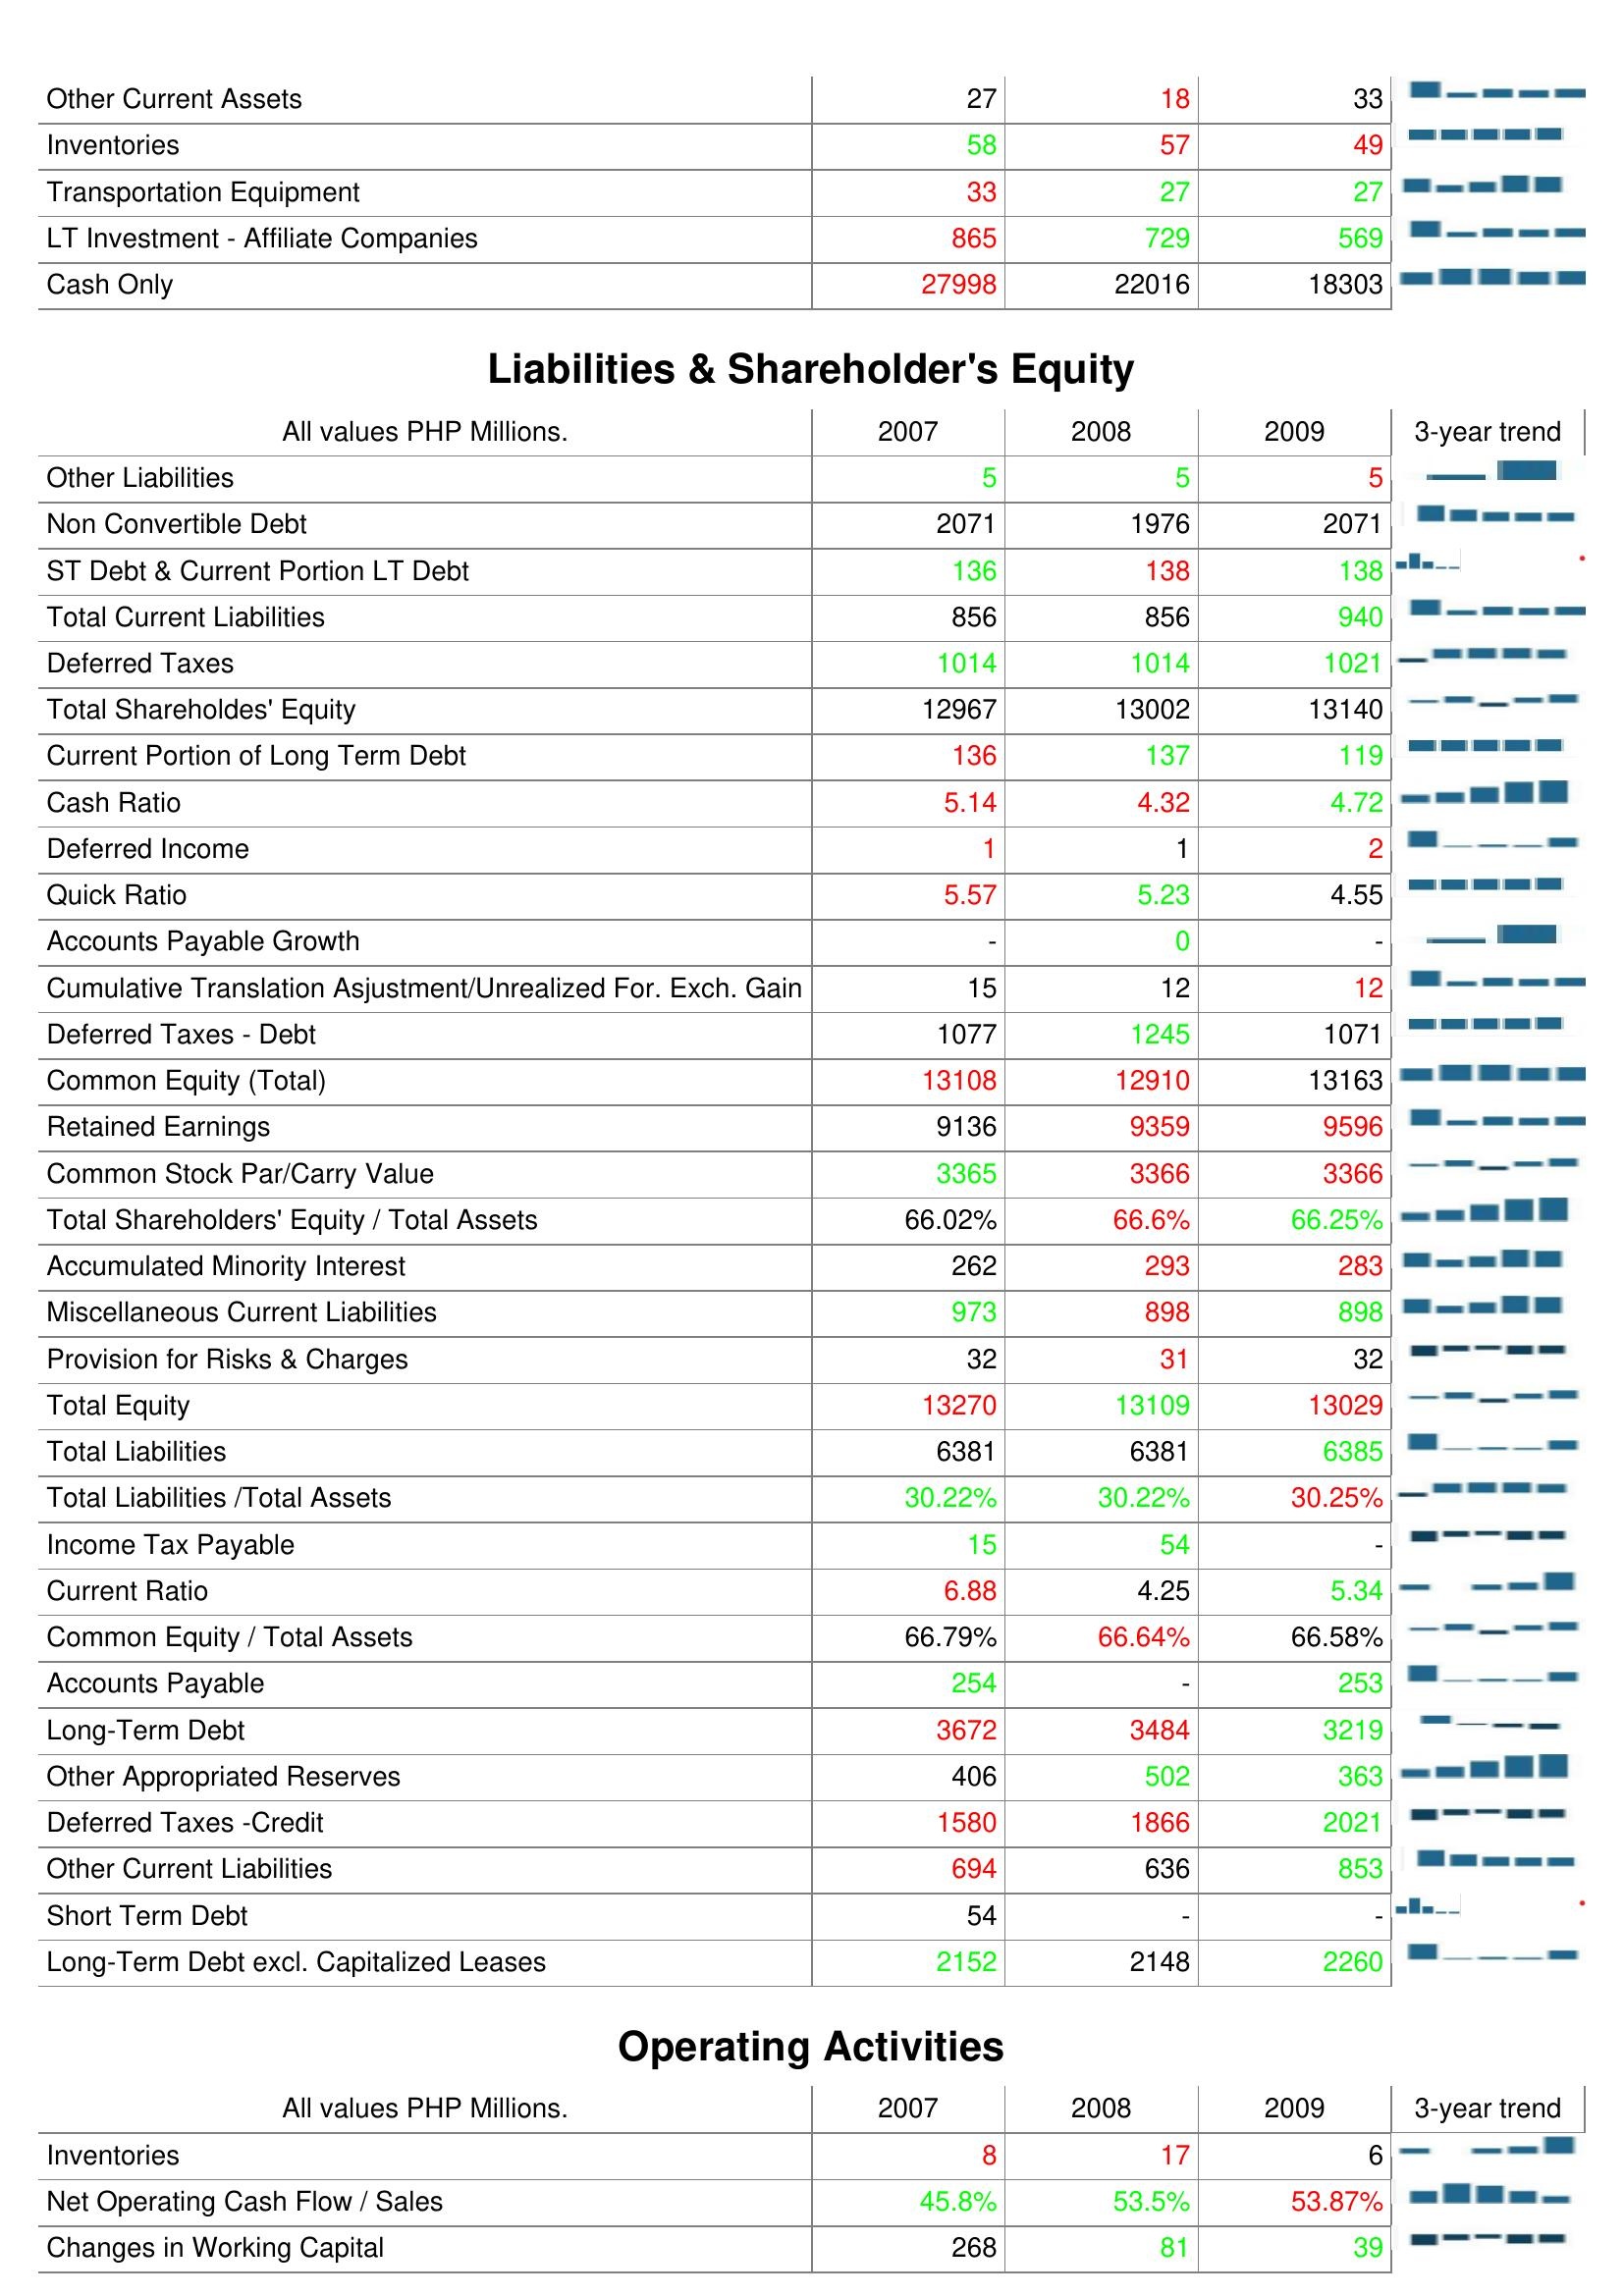
2007: Assets: Other Current Assets: 27
Inventories: 58
Transportation Equipment: 33
LT Investment - Affiliate Companies: 865
Cash Only: 27998
Liabilities & Shareholder's Equity: Other Liabilities: 5
Non Convertible Debt: 2071
ST Debt & Current Portion LT Debt: 136
Total Current Liabilities: 856
Deferred Taxes: 1014
Total Shareholdes' Equity: 12967
Current Portion of Long Term Debt: 136
Cash Ratio: 5.14
Deferred Income: 1
Quick Ratio: 5.57
Accounts Payable Growth: -
Cumulative Translation Asjustment/Unrealized For. Exch. Gain: 15
Deferred Taxes - Debt: 1077
Common Equity (Total): 13108
Retained Earnings: 9136
Common Stock Par/Carry Value: 3365
Total Shareholders' Equity / Total Assets: 66.02%
Accumulated Minority Interest: 262
Miscellaneous Current Liabilities: 973
Provision for Risks & Charges: 32
Total Equity: 13270
Total Liabilities: 6381
Total Liabilities /Total Assets: 30.22%
Income Tax Payable: 15
Current Ratio: 6.88
Common Equity / Total Assets: 66.79%
Accounts Payable: 254
Long-Term Debt: 3672
Other Appropriated Reserves: 406
Deferred Taxes -Credit: 1580
Other Current Liabilities: 694
Short Term Debt: 54
Long-Term Debt excl. Capitalized Leases: 2152
Operating Activities: Inventories: 8
Net Operating Cash Flow / Sales: 45.8%
Changes in Working Capital: 268
2008: Assets: Other Current Assets: 18
Inventories: 57
Transportation Equipment: 27
LT Investment - Affiliate Companies: 729
Cash Only: 22016
Liabilities & Shareholder's Equity: Other Liabilities: 5
Non Convertible Debt: 1976
ST Debt & Current Portion LT Debt: 138
Total Current Liabilities: 856
Deferred Taxes: 1014
Total Shareholdes' Equity: 13002
Current Portion of Long Term Debt: 137
Cash Ratio: 4.32
Deferred Income: 1
Quick Ratio: 5.23
Accounts Payable Growth: 0
Cumulative Translation Asjustment/Unrealized For. Exch. Gain: 12
Deferred Taxes - Debt: 1245
Common Equity (Total): 12910
Retained Earnings: 9359
Common Stock Par/Carry Value: 3366
Total Shareholders' Equity / Total Assets: 66.6%
Accumulated Minority Interest: 293
Miscellaneous Current Liabilities: 898
Provision for Risks & Charges: 31
Total Equity: 13109
Total Liabilities: 6381
Total Liabilities /Total Assets: 30.22%
Income Tax Payable: 54
Current Ratio: 4.25
Common Equity / Total Assets: 66.64%
Accounts Payable: -
Long-Term Debt: 3484
Other Appropriated Reserves: 502
Deferred Taxes -Credit: 1866
Other Current Liabilities: 636
Short Term Debt: -
Long-Term Debt excl. Capitalized Leases: 2148
Operating Activities: Inventories: 17
Net Operating Cash Flow / Sales: 53.5%
Changes in Working Capital: 81
2009: Assets: Other Current Assets: 33
Inventories: 49
Transportation Equipment: 27
LT Investment - Affiliate Companies: 569
Cash Only: 18303
Liabilities & Shareholder's Equity: Other Liabilities: 5
Non Convertible Debt: 2071
ST Debt & Current Portion LT Debt: 138
Total Current Liabilities: 940
Deferred Taxes: 1021
Total Shareholdes' Equity: 13140
Current Portion of Long Term Debt: 119
Cash Ratio: 4.72
Deferred Income: 2
Quick Ratio: 4.55
Accounts Payable Growth: -
Cumulative Translation Asjustment/Unrealized For. Exch. Gain: 12
Deferred Taxes - Debt: 1071
Common Equity (Total): 13163
Retained Earnings: 9596
Common Stock Par/Carry Value: 3366
Total Shareholders' Equity / Total Assets: 66.25%
Accumulated Minority Interest: 283
Miscellaneous Current Liabilities: 898
Provision for Risks & Charges: 32
Total Equity: 13029
Total Liabilities: 6385
Total Liabilities /Total Assets: 30.25%
Income Tax Payable: -
Current Ratio: 5.34
Common Equity / Total Assets: 66.58%
Accounts Payable: 253
Long-Term Debt: 3219
Other Appropriated Reserves: 363
Deferred Taxes -Credit: 2021
Other Current Liabilities: 853
Short Term Debt: -
Long-Term Debt excl. Capitalized Leases: 2260
Operating Activities: Inventories: 6
Net Operating Cash Flow / Sales: 53.87%
Changes in Working Capital: 39